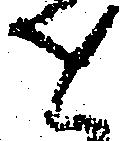
せ